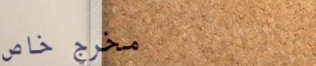
مخرج خاص